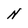
Character: N